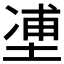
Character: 𰊉